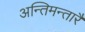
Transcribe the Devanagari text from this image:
अन्तिमन्तारै